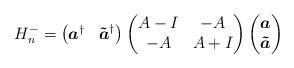
LaTeX: \begin{align*}H_n^{-}=\begin{pmatrix}\boldsymbol{a}^\dagger&\boldsymbol{\tilde{a}}^\dagger\end{pmatrix}\begin{pmatrix}A-I&-A\\-A&A+I\end{pmatrix}\begin{pmatrix}\boldsymbol{a}\\\boldsymbol{\tilde{a}}\end{pmatrix}\end{align*}